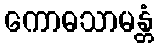
ကောဓသာမန္တံ